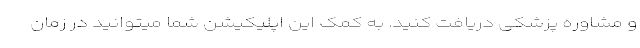
و مشاوره پزشکی دریافت کنید. به کمک این اپلیکیشن شما میتوانید در زمان